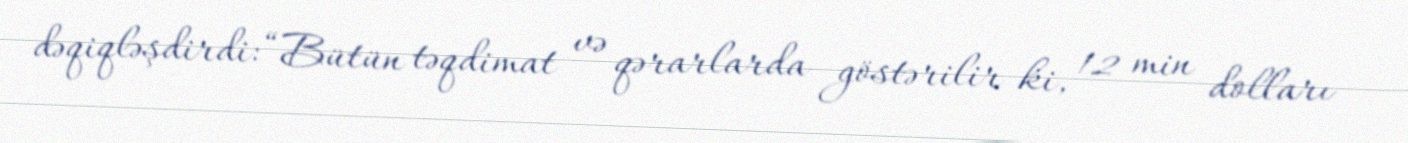
dəqiqləşdirdi: “Bütün təqdimat və qərarlarda göstərilir ki, 12 min dolları